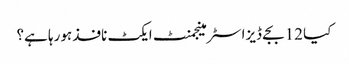
کیا 12 بجے ڈیزاسٹر مینجمنٹ ایکٹ نافذ ہورہا ہے؟